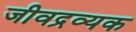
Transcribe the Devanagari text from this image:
जीवद्रव्यक